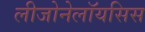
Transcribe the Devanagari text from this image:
लीजोनेलॉयसिस